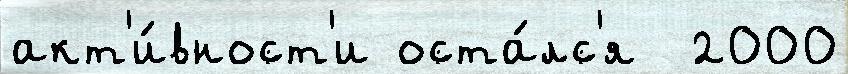
акт'и́вност'и оста́лс'я  2000